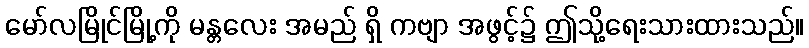
မော်လမြိုင်မြို့ကို မန္တလေး အမည် ရှိ ကဗျာ အဖွင့်၌ ဤသို့ရေးသားထားသည်။